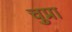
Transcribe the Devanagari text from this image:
चुप्रा